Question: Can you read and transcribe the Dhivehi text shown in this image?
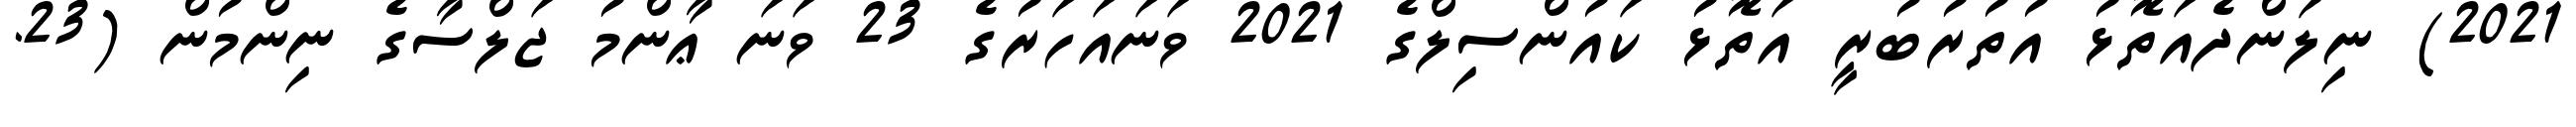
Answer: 2021) ނިލަންދެއަތޮޅު އުތުރުބުރީ އަތޮޅު ކައުންސިލްގެ 2021 ވަނައަހަރުގެ 23 ވަނަ ޢާންމު ޖަލްސާގެ ނިންމުން (23.